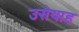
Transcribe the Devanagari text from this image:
उसेयाह